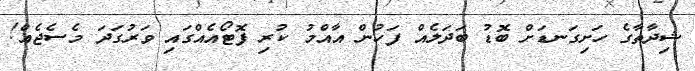
ޝިދާތާގެ ހަށިގަނޑަށް ބޮޑު ބަދަލެއް ފަހުން އާއްމު ކުރި ފޮޓޯއެއްގައި ވަރުގަދަ މެސެޖެއް!